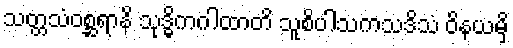
သတ္တသံဝစ္ဆရာနိ သုဒ္ဓိကဂါထာတိ သူစိပါသကသဒိသံ ဝိနယမှိ